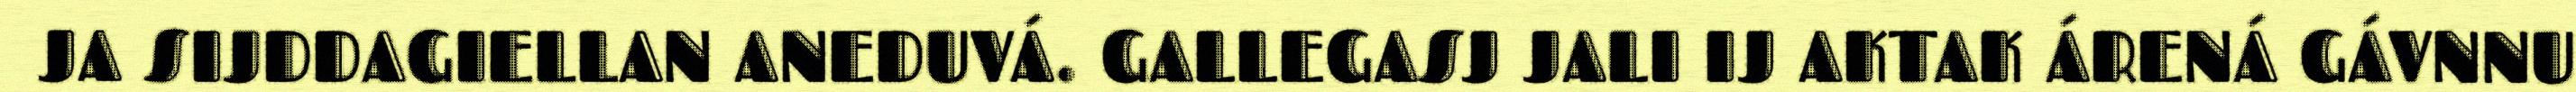
JA SIJDDAGIELLAN ANEDUVÁ. GALLEGASJ JALI IJ AKTAK ÁRENÁ GÁVNNU